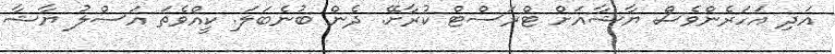
އަދި އަހަރެންވެސް ޔާޝާއަށް ޓްރަސްޓް ކުރާށޭ. ދެން ބުނެބަލަ. ކީއްވެތަ އަސްލު ޔާޝާ